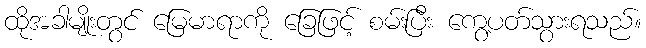
ထိုအခါမျိုးတွင် မြေမာရာကို ခြေဖြင့် စမ်းပြီး ကွေ့ပတ်သွားရသည်။